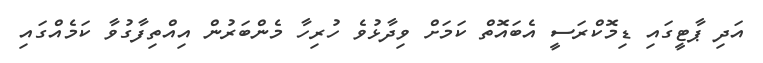
އަދި ޕާޓީގައި ޑިމޮކްރަސީ އެބައޮތް ކަމަށް ވިދާޅުވެ ހުރިހާ މެންބަރުން އިއްތިފާގުވާ ކަމެއްގައި